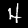
Digit: 4